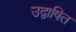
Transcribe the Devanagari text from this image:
उद्वाषित